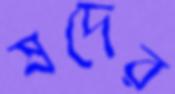
ষদের